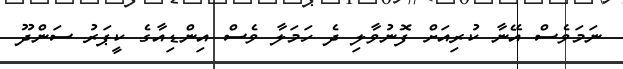
ނަމަވެސް އޭނާ ކުރިއަށް ފޮނުވާލި ދެ ހަމަލާ ވެސް އިންޑިއާގެ ކީޕަރު ސަންދޫ